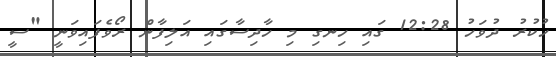
ހުކުރު ދުވަހު 12:28 ގައި ހިނގި މި ހާދިސާގައި އަލިފާން ރޯވެފައިވަނީ "ސީ